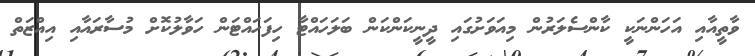
ވާތީއާއި އަހަންނަކީ ކާންސެލަރުން މިއަވަށުގައި ދީނީކަންކަން ބަލަހައްޓާ ހިފަހައްޓަން ހަވާލުކޮށް މުސާރައާއި އިއްޒަތް